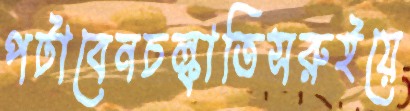
পটাবেনচল্‌কাতিসরুইয়ে